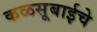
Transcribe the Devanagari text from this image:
कळसूबाईचे